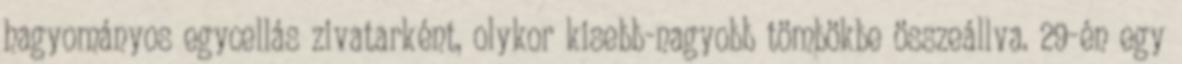
hagyományos egycellás zivatarként, olykor kisebb-nagyobb tömbökbe összeállva. 29-én egy